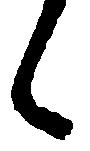
郎